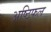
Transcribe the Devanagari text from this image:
अष्ठिफल